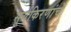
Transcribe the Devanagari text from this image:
सूर्यकिरणांचे